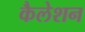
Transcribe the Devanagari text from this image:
कैलेशन